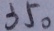
3 5 0